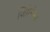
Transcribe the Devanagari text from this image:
जिमेनेन्स